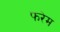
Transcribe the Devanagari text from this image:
फरेम